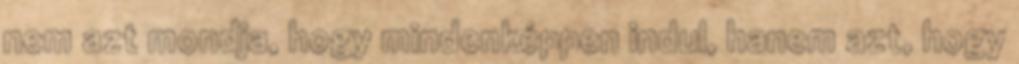
nem azt mondja, hogy mindenképpen indul, hanem azt, hogy